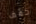
خفف